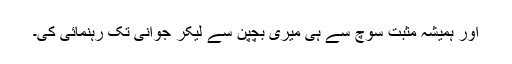
اور ہمیشہ مثبت سوچ سے ہی میری بچپن سے لیکر جوانی تک رہنمائی کی۔